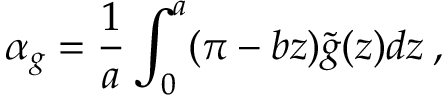
\alpha _ { g } = \frac { 1 } { a } \int _ { 0 } ^ { a } ( \pi - b z ) \tilde { g } ( z ) d z \: ,